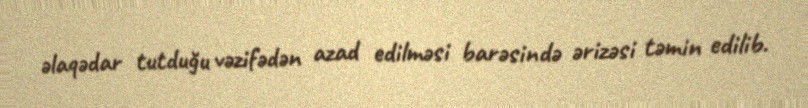
əlaqədar tutduğu vəzifədən azad edilməsi barəsində ərizəsi təmin edilib.